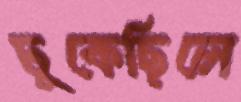
ঢুকেছিলে